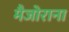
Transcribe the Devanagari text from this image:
मैजोराना